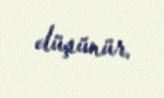
düşünür.